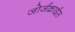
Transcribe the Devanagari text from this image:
जोर्जक्राईस